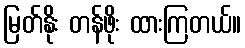
မြတ်နိုး တန်ဖိုး ထားကြတယ်။